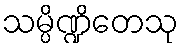
သမ္ပိဏ္ဍိတေသု